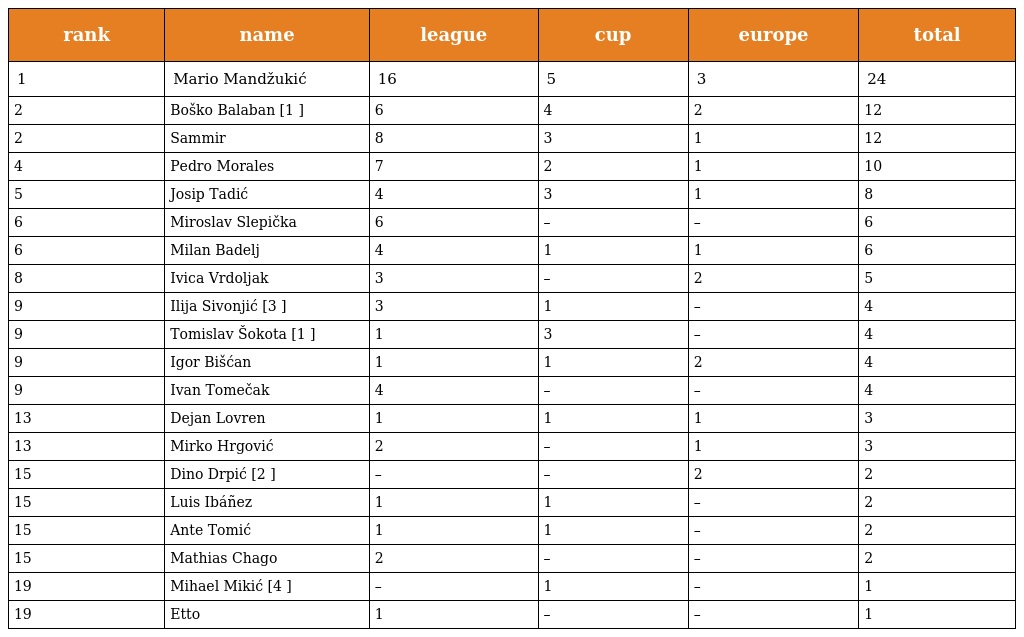
| rank | name | league | cup | europe | total |
 | --- | --- | --- | --- | --- | --- |
 | 1 | Mario Mandžukić | 16 | 5 | 3 | 24 |
 | 2 | Boško Balaban [1 ] | 6 | 4 | 2 | 12 |
 | 2 | Sammir | 8 | 3 | 1 | 12 |
 | 4 | Pedro Morales | 7 | 2 | 1 | 10 |
 | 5 | Josip Tadić | 4 | 3 | 1 | 8 |
 | 6 | Miroslav Slepička | 6 | – | – | 6 |
 | 6 | Milan Badelj | 4 | 1 | 1 | 6 |
 | 8 | Ivica Vrdoljak | 3 | – | 2 | 5 |
 | 9 | Ilija Sivonjić [3 ] | 3 | 1 | – | 4 |
 | 9 | Tomislav Šokota [1 ] | 1 | 3 | – | 4 |
 | 9 | Igor Bišćan | 1 | 1 | 2 | 4 |
 | 9 | Ivan Tomečak | 4 | – | – | 4 |
 | 13 | Dejan Lovren | 1 | 1 | 1 | 3 |
 | 13 | Mirko Hrgović | 2 | – | 1 | 3 |
 | 15 | Dino Drpić [2 ] | – | – | 2 | 2 |
 | 15 | Luis Ibáñez | 1 | 1 | – | 2 |
 | 15 | Ante Tomić | 1 | 1 | – | 2 |
 | 15 | Mathias Chago | 2 | – | – | 2 |
 | 19 | Mihael Mikić [4 ] | – | 1 | – | 1 |
 | 19 | Etto | 1 | – | – | 1 |